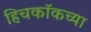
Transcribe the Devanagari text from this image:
हिचकॉकच्या